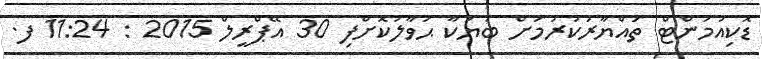
ޑޮކިއުމަންޓް ތައްޔާރުކުރުމަށް ބަޔަކާ ޙަވާލުކޮށްފި 30 އޭޕްރީލް 2015 : 11:24 ފ.